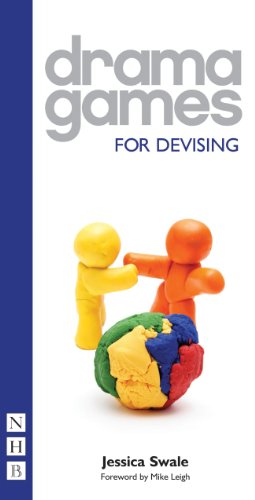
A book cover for Drama Games: For Devising; Jessica Swale; Humor & Entertainment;